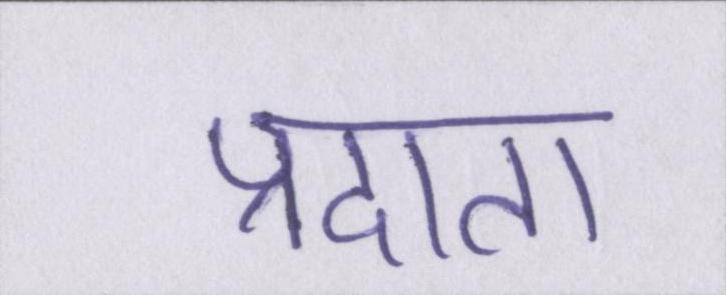
प्रदाता